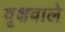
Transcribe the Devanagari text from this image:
वृक्षवाले